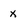
Character: x